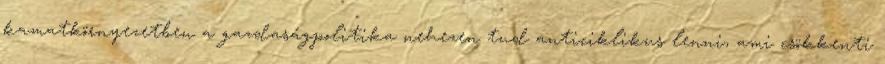
kamatkörnyezetben a gazdaságpolitika nehezen tud anticiklikus lenni, ami csökkenti